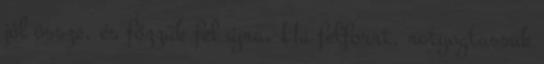
jól össze, és főzzük fel újra. Ha felforrt, rotyogtassuk